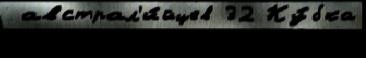
 австрал'и́йцев 32 Ку́бка